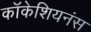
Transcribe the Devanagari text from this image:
कॉकेशियनंस